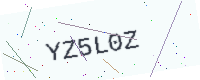
Text: YZ5L0Z